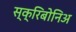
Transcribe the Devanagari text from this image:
स्क्रिबोनिअ